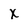
Character: x